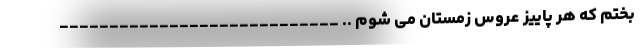
بختم که هر پاییز عروس زمستان می شوم .. ____________________________